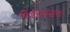
વટલાવવાના